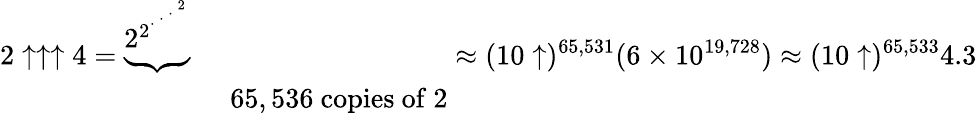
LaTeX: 2\uparrow\uparrow\uparrow 4={\begin{array}{l}{\underbrace{2_{}^{2^{{}^{.\, ^{.\, ^{.\, ^{2}}}}}}}}\\ {\qquad\quad\ \ \ 65,536{\mathrm{~copies~of~}}2}\end{array}}\approx(10\uparrow)^{65,531}(6\times 10^{19,728})\approx(10\uparrow)^{65,533}4.3